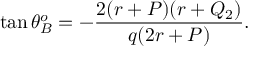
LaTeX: \tan \theta _ { B } ^ { o } = - { \frac { 2 ( r + P ) ( r + Q _ { 2 } ) } { q ( 2 r + P ) } } .